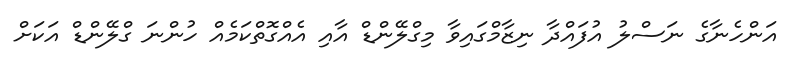
އަންހެނާގެ ނަސްލު އުފައްދާ ނިޒާމްގައިވާ މިގްލޭންޑް އާއި އެއްގޮތްކަމެއް ހުންނަ ގްލޭންޑް އަކަށް